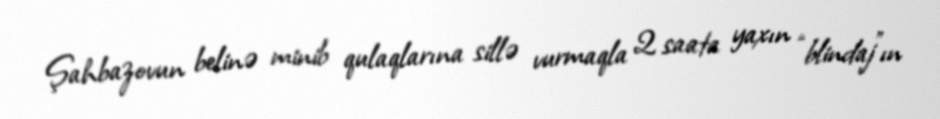
Şahbazovun belinə minib qulaqlarına sillə vurmaqla 2 saata yaxın “blindaj”ın